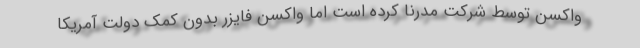
واکسن توسط شرکت مدرنا کرده است اما واکسن فایزر بدون کمک دولت آمریکا